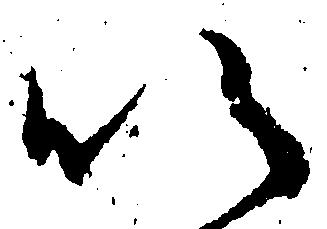
以